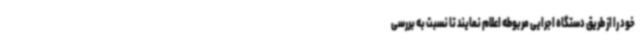
خود را از طریق دستگاه اجرایی مربوطه اعلام نمایند تا نسبت به بررسی